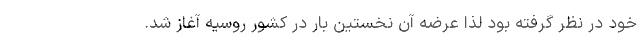
خود در نظر گرفته بود لذا عرضه آن نخستین بار در کشور روسیه آغاز شد.